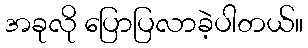
အခုလို ပြောပြလာခဲ့ပါတယ်။